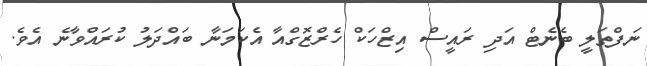
ނަފްތަލީ ބެނެޓް އަދި ރައީސް އިޒްހަކް ހެރްޒޮގްއާ އެކަމަނާ ބައްދަލު ކުރައްވާނެ އެވެ.